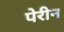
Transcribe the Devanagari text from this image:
पेरीन